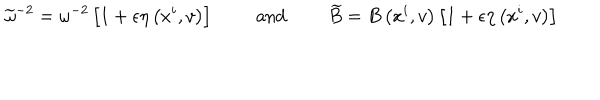
LaTeX: \widetilde { \omega } ^ { - 2 } = \omega ^ { - 2 } \left[ 1 + \epsilon \eta \left( x ^ { i } , v \right) \right] \qquad \mathrm { ~ a n d ~ } \qquad \widetilde { B } = B \left( x ^ { i } , v \right) \left[ 1 + \epsilon \eta \left( x ^ { i } , v \right) \right]